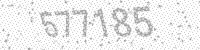
Solution: 577185